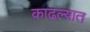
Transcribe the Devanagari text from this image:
काढल्यात